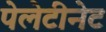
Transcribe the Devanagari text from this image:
पेलेटीनेट